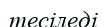
тесіледі